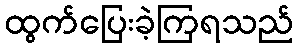
ထွက်ပြေးခဲ့ကြရသည်